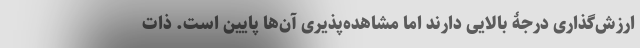
ارزش‌گذاری درجۀ بالایی دارند اما مشاهده‌پذیری آن‌ها پایین است. ذات